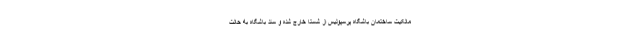
مالکیت ساختمان باشگاه پرسپولیس از شستا خارج شده و سند باشگاه به حالت